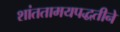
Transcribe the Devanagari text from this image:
शांततामयपद्धतीने